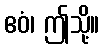
ဧဝံ၊ ဤသို့။